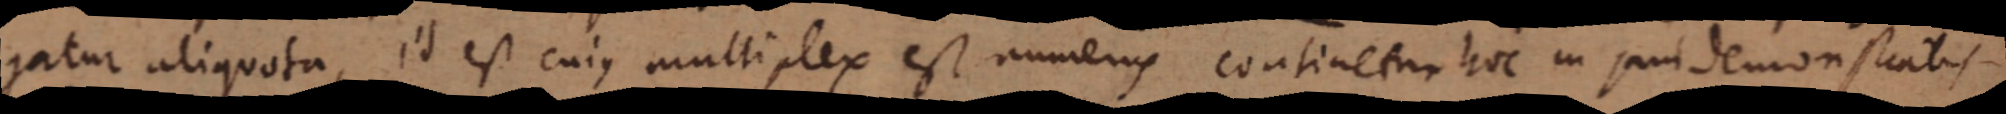
gatur aliquota, id est cujus multiplex est numerus continetur hoc in jam demonstratis